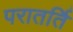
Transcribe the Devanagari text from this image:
परातर्ति